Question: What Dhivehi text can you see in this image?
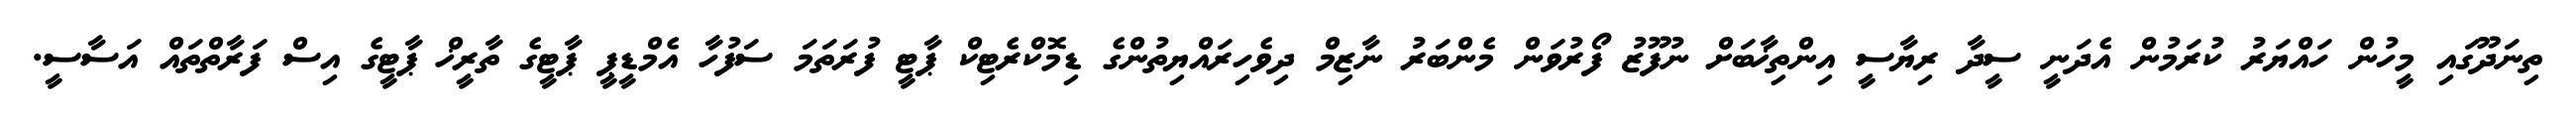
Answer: ތިނަދޫގައި މީހުން ހައްޔަރު ކުރަމުން އެދަނީ ސީދާ ރިޔާސީ އިންތިޚާބަށް ނުފޫޒު ފޯރުވަން މެންބަރު ނާޒިމް ދިވެހިރައްޔިތުންގެ ޑިމޮކްރެޓިކް ޕާޓީ ފުރަތަމަ ސަފުހާ އެމްޑީޕީ ޕާޓީގެ ތާރީޚް ޕާޓީގެ އިސް ފަރާތްތައް އަސާސީ.